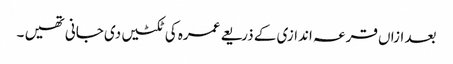
بعد ازاں قرعہ اندازی کے ذریعے عمرہ کی ٹکٹیں دی جانی تھیں ۔